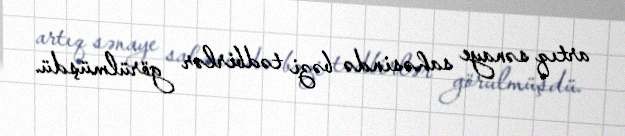
artıq sənaye sahəsində bəzi tədbirlər görülmüşdü.